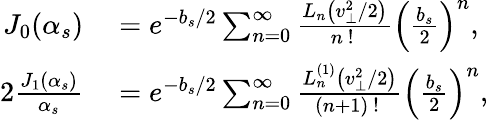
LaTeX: \begin{array}{rl}{J_{0}(\alpha_{s})}&{{}=e^{-b_{s}/2}\sum_{n=0}^{\infty}\frac{L_{n}\left(v_{\perp}^{2}/2\right)}{n\mathrm{~!~}}\left(\frac{b_{s}}{2}\right)^{n},}\\ {2\frac{J_{1}(\alpha_{s})}{\alpha_{s}}}&{{}=e^{-b_{s}/2}\sum_{n=0}^{\infty}\frac{L_{n}^{(1)}\left(v_{\perp}^{2}/2\right)}{(n+1)\mathrm{~!~}}\left(\frac{b_{s}}{2}\right)^{n},}\end{array}